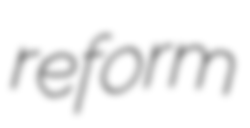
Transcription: reform